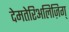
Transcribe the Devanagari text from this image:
देमतेरिअलिज़िग्